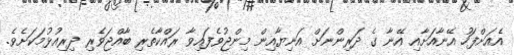
އެއަށްފަހު އޭނާއަށާއި އޭނާ ގެ ދަރިންނަށް އަނިޔާއިން މިންޖުވެފައިވާ ރައްކާތެރި ބާއްޖަވެރި ދިރިއުޅުމަކަށެވެ.